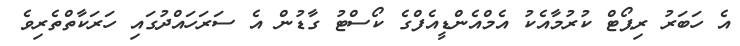
އެ ހަބަރު ރިޕޯޓް ކުރުމާއެކު އެމްއެންޑީއެފްގެ ކޯސްޓު ގާޑުން އެ ސަރަހައްދުގައި ހަރަކާތްތެރިވެ